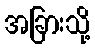
အခြားသို့